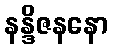
နန္ဒိဇနနော